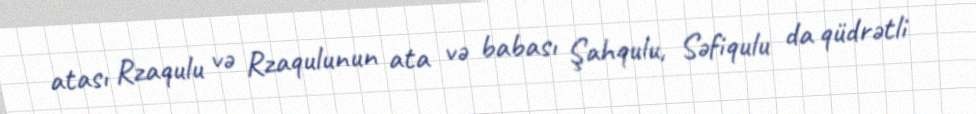
atası Rzaqulu və Rzaqulunun ata və babası Şahqulu, Səfiqulu da qüdrətli